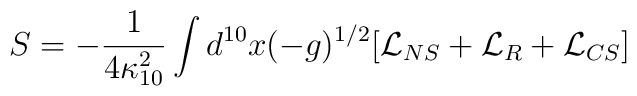
S=-\frac{1}{4\kappa_{10}^2}\int d^{10}x(-g)^{1/2}[\mathcal{L}_{NS}+\mathcal{L}_R+\mathcal{L}_{CS}]